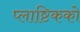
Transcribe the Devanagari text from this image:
प्लाष्टिकको